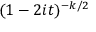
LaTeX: \! \, ( 1 - 2 i t ) ^ { - k / 2 }